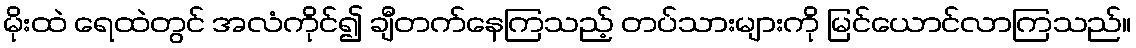
မိုးထဲ ရေထဲတွင် အလံကိုင်၍ ချီတက်နေကြသည့် တပ်သားများကို မြင်ယောင်လာကြသည်။